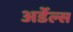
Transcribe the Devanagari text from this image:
अर्डेल्स